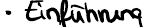
Einführung